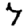
Digit: 7